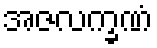
အဇလက္ခဏံ